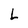
Character: L